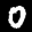
Label: 0